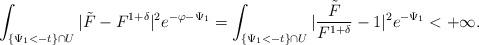
LaTeX: \begin{align*}\int_{\{\Psi_1<-t\}\cap U}|\tilde F-F^{1+\delta}|^2e^{-\varphi-\Psi_1}=\int_{\{\Psi_1<-t\}\cap U}|\frac{\tilde F}{F^{1+\delta}}-1|^2e^{-\Psi_1}<+\infty.\end{align*}